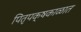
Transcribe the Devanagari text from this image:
पितृपक्षकाळात